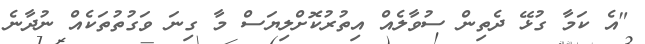
"އެ ކަމާ ގުޅޭ ދެތިން ސުވާލެއް އިތުރުކޮށްލިޔަސް މާ ގިނަ ވަގުތުތަކެއް ނުދާނެ